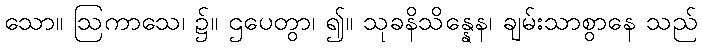
သော။ ဩကာသေ၊ ၌။ ဌပေတွာ၊ ၍။ သုခနိသိန္နေန၊ ချမ်းသာစွာနေ သည်